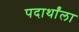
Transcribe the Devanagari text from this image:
पदार्थांला